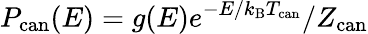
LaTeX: P_{\mathrm{can}}(E)=g(E)e^{-E/k_{\mathrm{B}}T_{\mathrm{can}}}/Z_{\mathrm{can}}